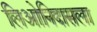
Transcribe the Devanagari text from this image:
लिओनिदासला